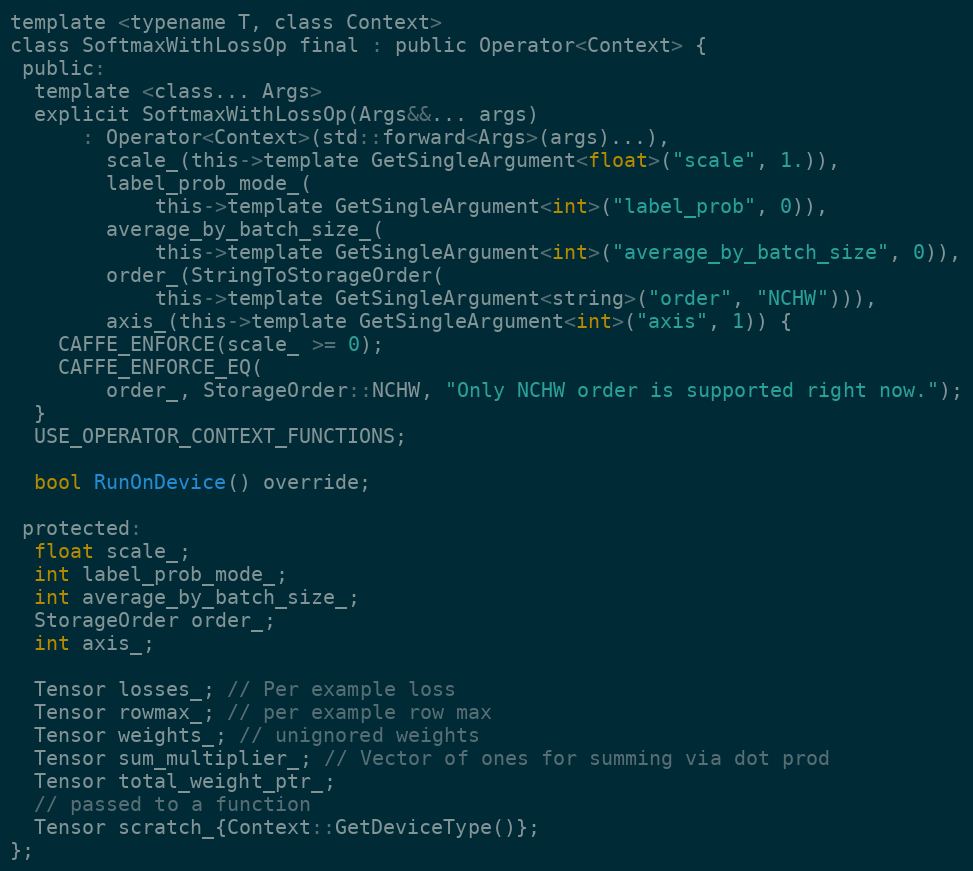
Language: C
template <typename T, class Context>
class SoftmaxWithLossOp final : public Operator<Context> {
 public:
  template <class... Args>
  explicit SoftmaxWithLossOp(Args&&... args)
      : Operator<Context>(std::forward<Args>(args)...),
        scale_(this->template GetSingleArgument<float>("scale", 1.)),
        label_prob_mode_(
            this->template GetSingleArgument<int>("label_prob", 0)),
        average_by_batch_size_(
            this->template GetSingleArgument<int>("average_by_batch_size", 0)),
        order_(StringToStorageOrder(
            this->template GetSingleArgument<string>("order", "NCHW"))),
        axis_(this->template GetSingleArgument<int>("axis", 1)) {
    CAFFE_ENFORCE(scale_ >= 0);
    CAFFE_ENFORCE_EQ(
        order_, StorageOrder::NCHW, "Only NCHW order is supported right now.");
  }
  USE_OPERATOR_CONTEXT_FUNCTIONS;

  bool RunOnDevice() override;

 protected:
  float scale_;
  int label_prob_mode_;
  int average_by_batch_size_;
  StorageOrder order_;
  int axis_;

  Tensor losses_; // Per example loss
  Tensor rowmax_; // per example row max
  Tensor weights_; // unignored weights
  Tensor sum_multiplier_; // Vector of ones for summing via dot prod
  Tensor total_weight_ptr_;
  // passed to a function
  Tensor scratch_{Context::GetDeviceType()};
};